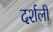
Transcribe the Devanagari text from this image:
दर्शली